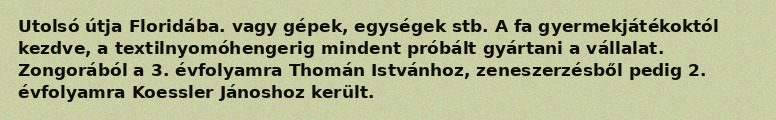
Utolsó útja Floridába. vagy gépek, egységek stb. A fa gyermekjátékoktól kezdve, a textilnyomóhengerig mindent próbált gyártani a vállalat. Zongorából a 3. évfolyamra Thomán Istvánhoz, zeneszerzésből pedig 2. évfolyamra Koessler Jánoshoz került.